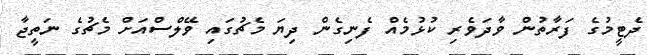
ދެޓީމުގެ ފަރާތުން ވާދަވެރި ކުޅުމެއް ފެނިގެން ދިޔަ މެޗުގައި ވޭލްސްއަށް މެޗުގެ ނަތީޖާ